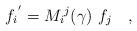
LaTeX: \begin{align*}{f_i}^{'} = {M_i}^j(\gamma)~f_j\quad, \end{align*}